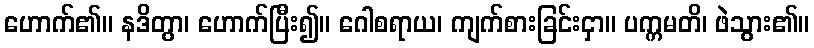
ဟောက်၏။ နဒိတွာ၊ ဟောက်ပြီး၍။ ဂေါစရာယ၊ ကျက်စားခြင်းငှာ။ ပက္ကမတိ၊ ဖဲသွား၏။